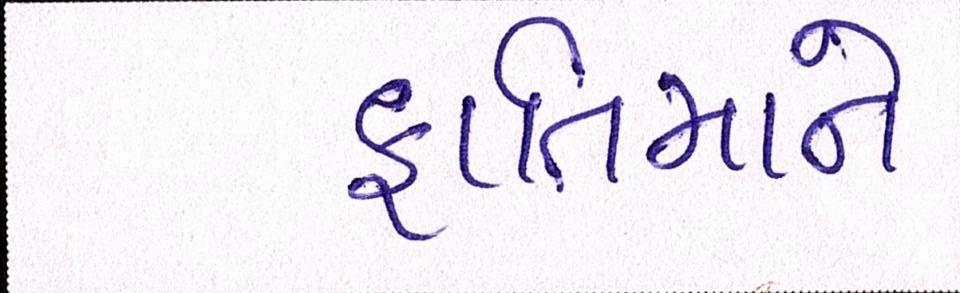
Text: ફાતિમાને